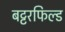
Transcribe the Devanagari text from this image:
बट्टरफिल्ड